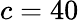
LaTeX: c=40